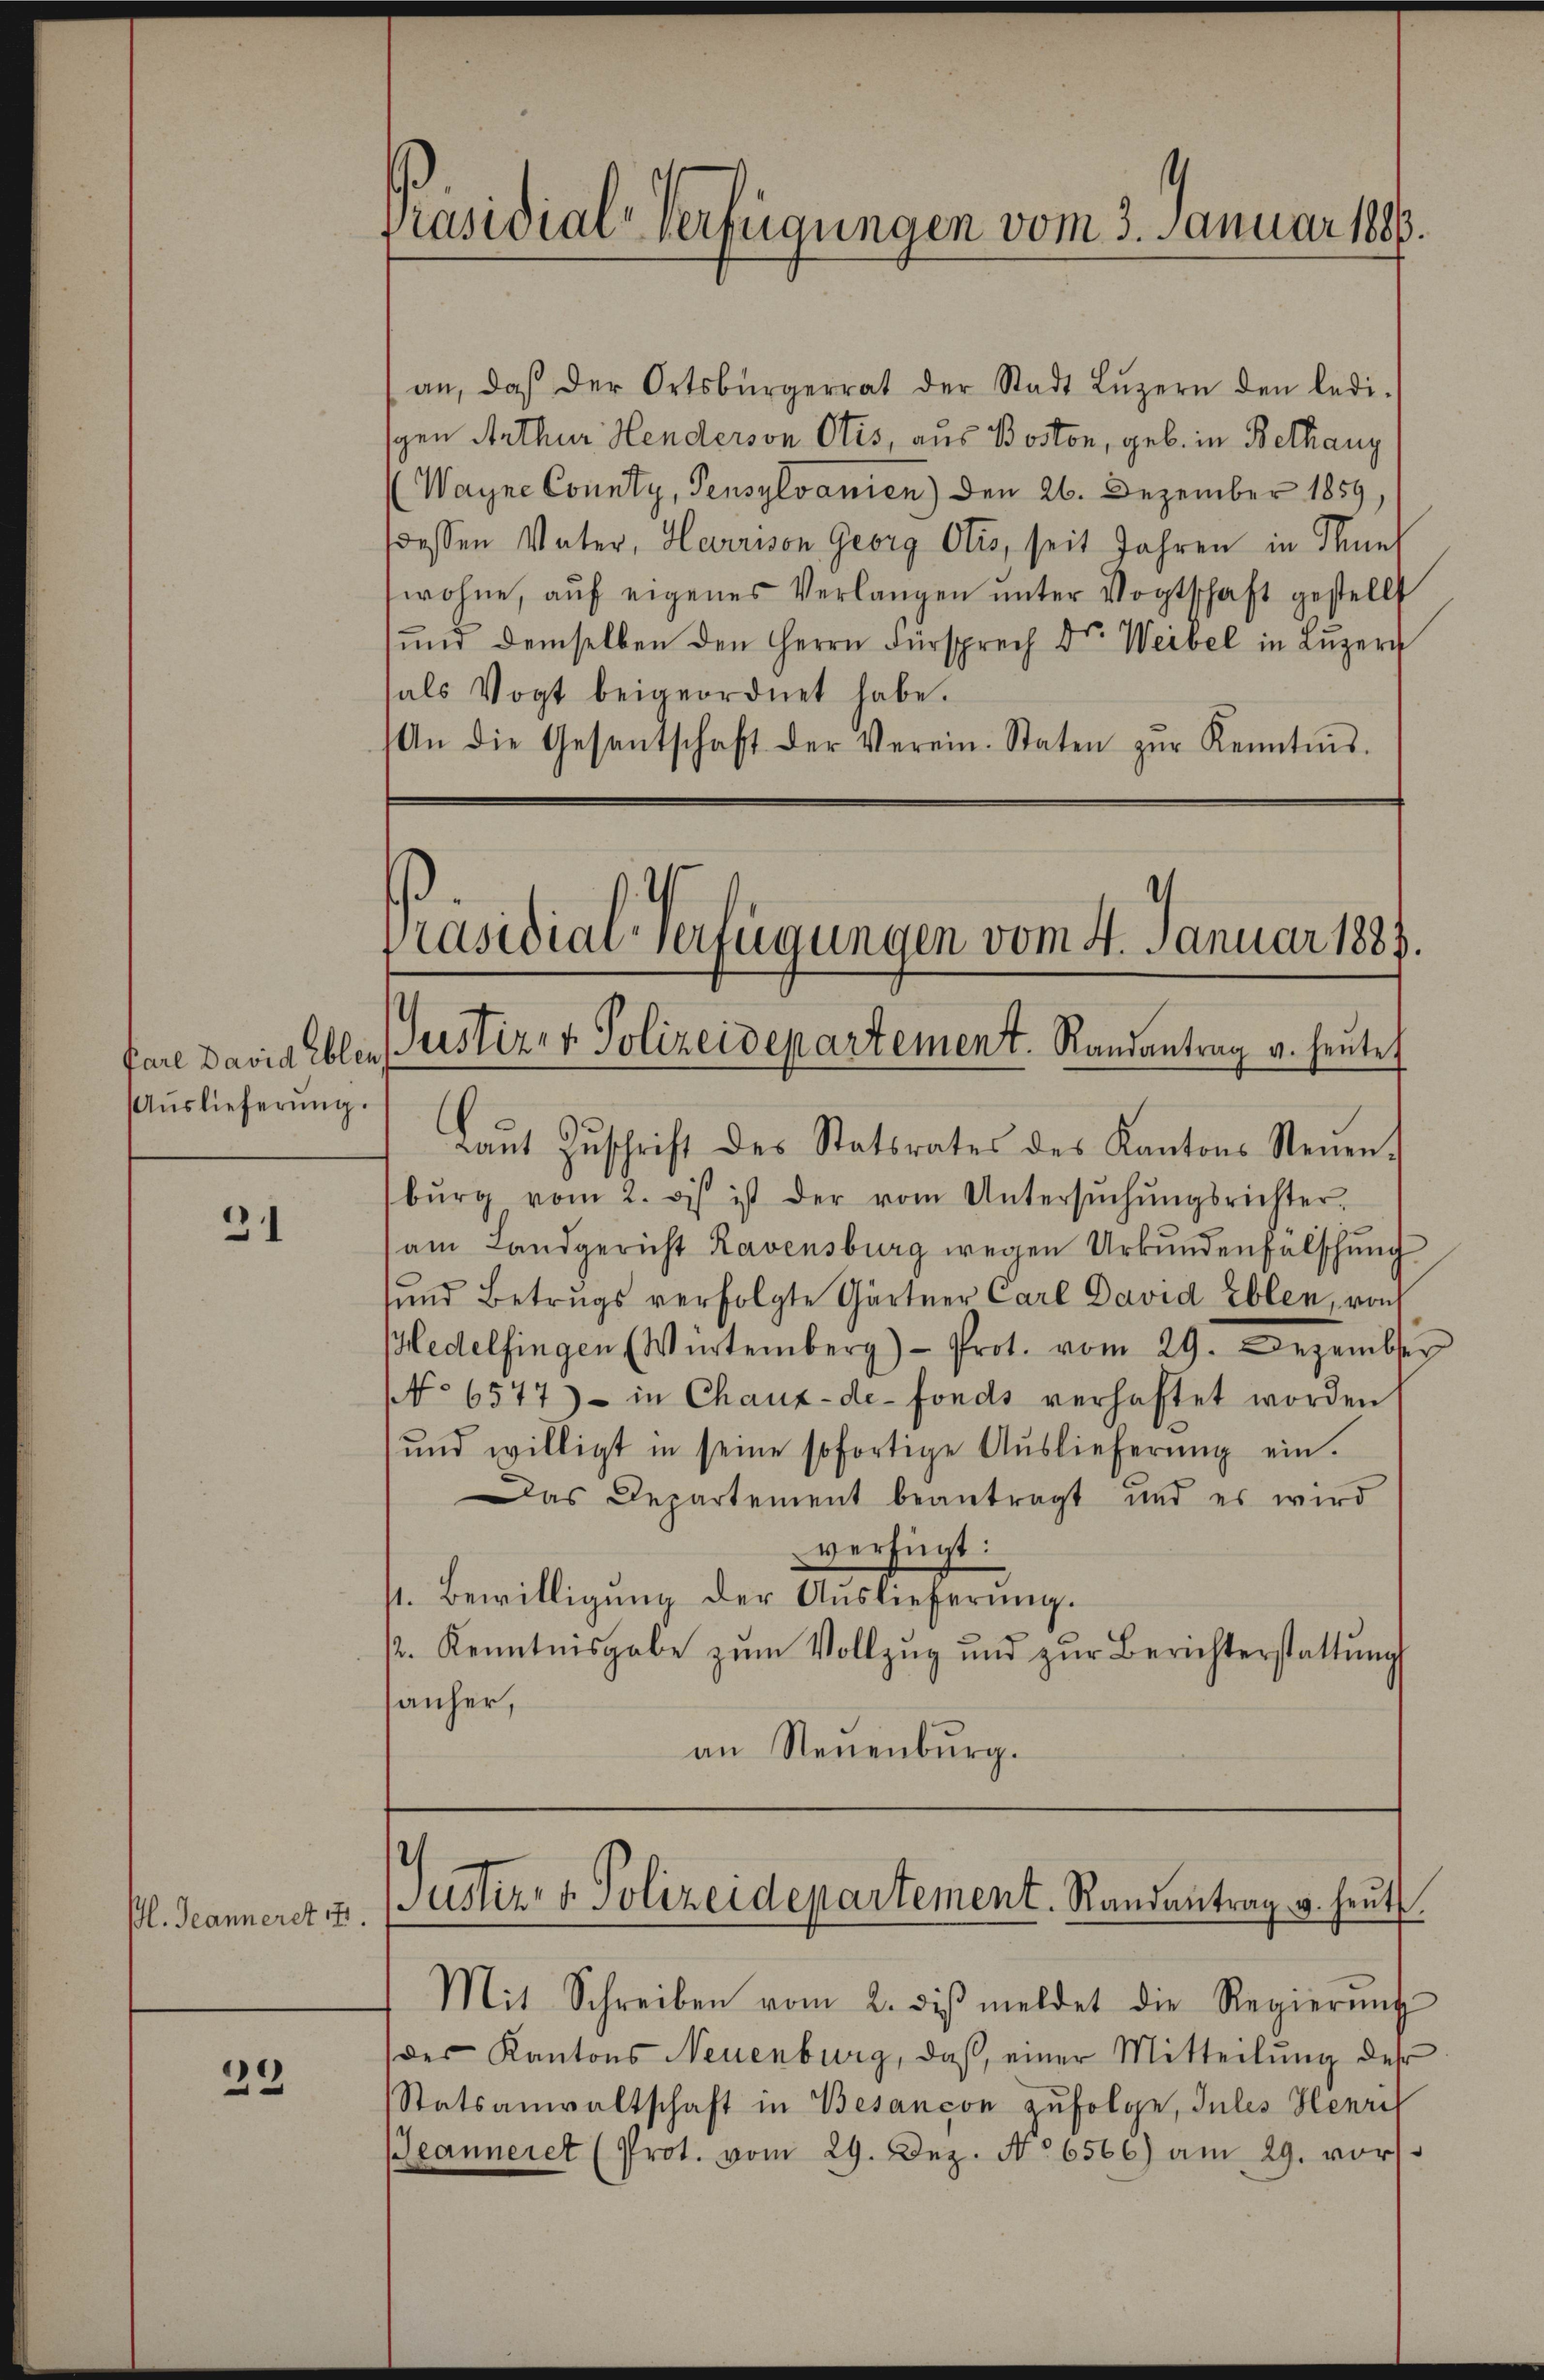
Auslieferŭng.

31

ßl. Jeanneret 17.

)
25

Präsidial-Verfügungen vom 3. Januar 1883.

an, daβ der Ortsbürgerrat der Stadt Lŭzern den ledi-
sgen Arthur Henderson Otis, aus Boston, geb. in Bethany
Wayne County, Pensylvanien) den 26. Dezember 1859,
dessen Vater, Harrison Georg Otis, seit Jahren in Thunt
wohne, aŭf eigenes Verlangen ŭnter Vogtschaft gestellt
sund demselben den Herrn Fürsprech Dr. Weibel in Luzer
sals Vogt beigeordnet habe.
An die Gesandschaft der Verein. Staten zŭr Kenntnis.

4
Präsidial-Verfügungen vom 4. Januar 1883.
fare David abler Justiz- & Polizeidepartement. Randantrag v. heute

Laŭt Zŭschrift des Statsrates des Kantons Steuen.
bŭrg vom 2. bis ist der vom Untersŭchŭngsrichter.
am Landgericht Ravensburg wegen Urkundenfalschung
und Betrugs verfolgte Gärtner Carl David Eblen, roh
edelfingen (Würtemberg)- Prot. vom 29. Dezember
NNo 6577) - in Chaux-de-Fonds verhaftet worden
und willigt in seine sofortige Aŭslieferŭng ein.
Das Departement beantragt und es wird
verfügt:
p. Bewilligung der Auslieferung.
. Kenntnisgabe zŭm Vollzug und zŭr Berichterstattŭng
sanher,
an Neuenburg.

des Kantons Neuenburg, daß einer Mitteilung des
Statsanwaltschaft in Besançon zufolge, Julis Henri
eanneret (Prot. vom 29. Dez. No 6566) am 29. vors

Guster- & Polizeidepartement. Randantrag u. heut
Mit Schreiben vom 2. dβ meldet die Regierŭng